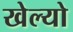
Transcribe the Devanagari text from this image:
खेल्यो